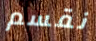
نقسم